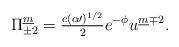
LaTeX: \begin{align*}\Pi^{\underline m}_{\pm2}={\textstyle\frac{c(\alpha\prime)^{1/2}}{2}}e^{-\phi}u^{\underline m\mp2}.\end{align*}